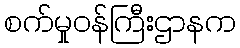
စက်မှုဝန်ကြီးဌာနက